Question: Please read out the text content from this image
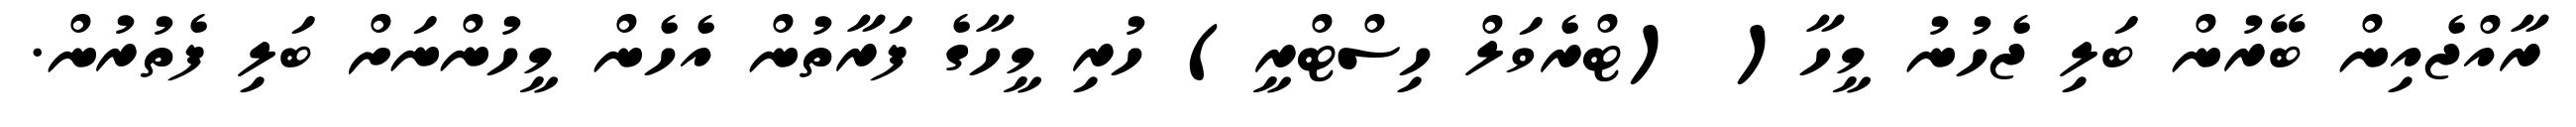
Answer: ރާއްޖެއިން ބޭރުން ބަލި ޖެހުނު މީހާ( (ޓްރެވަލް ހިސްޓްރީ) ހުރި މީހާގެ ފަރާތުން އެހެން މީހުންނަށް ބަލި ފެތުރުން.